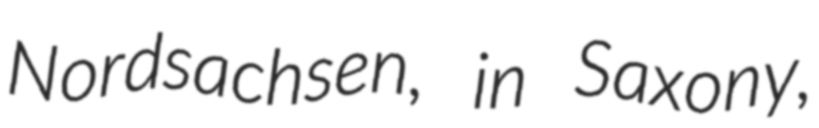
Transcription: Nordsachsen, in Saxony,